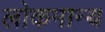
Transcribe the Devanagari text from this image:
लोकमान्‍य